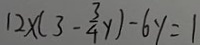
1 2 \times ( 3 - \frac { 3 } { 4 } y ) - 6 y = 1